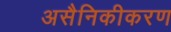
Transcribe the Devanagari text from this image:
असैनिकीकरण